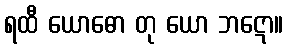
ရထီ ယောဓော တု ယော ဘဋော။